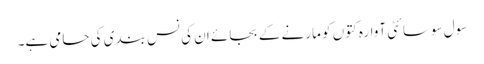
سول سوسائٹی آوارہ کتوں کو مارنے کے بجائے ان کی نس بندی کی حامی ہے۔